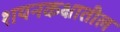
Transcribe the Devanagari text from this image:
शयनकक्षातील